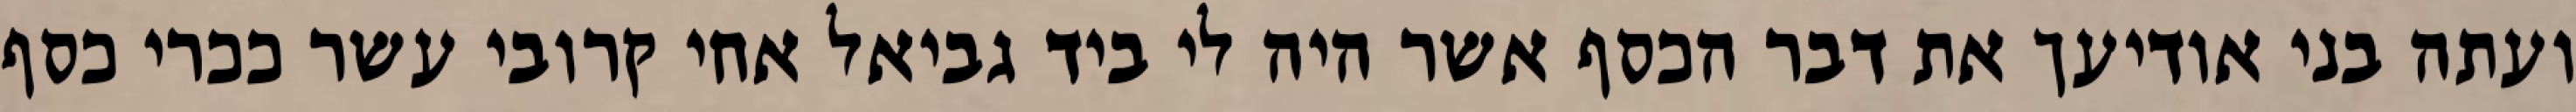
ועתה בני אודיעך את דבר הכסף אשר היה לי ביד גביאל אחי קרובי עשר ככרי כסף